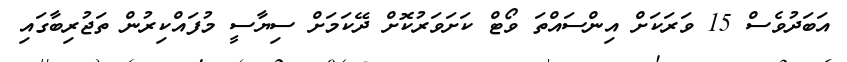
އަބަދުވެސް 15 ވަރަކަށް އިންސައްތަ ވޯޓް ކަށަވަރުކޮށް ދޭކަމަށް ސިޔާސީ މުފައްކިރުން ތަޖުރިބާގައި